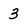
Character: 3